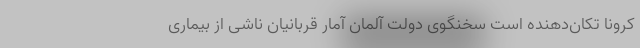
کرونا تکان‌دهنده‌ است سخنگوی دولت آلمان آمار قربانیان ناشی از بیماری